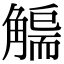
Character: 𧤬